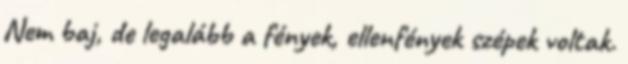
Nem baj, de legalább a fények, ellenfények szépek voltak.